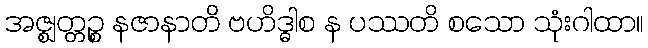
အဇ္ဈတ္တဉ္စ နဇာနာတိ ဗဟိဒ္ဓါစ န ပဿတိ စသော သုံးဂါထာ။